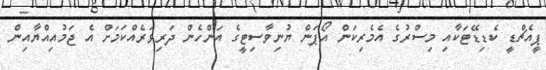
ޕީއެޗްޑީ ކެޑިޑޭޓަކާއި މިސްރުގެ އެމެރިކަން އޯޕަން ޔުނިވާސިޓީގެ އަންހެން ދަރިވަރެއްކަަމަށް އެ ޖަމުއިއްޔާއިން